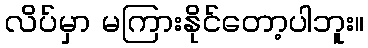
လိပ်မှာ မကြားနိုင်တော့ပါဘူး။